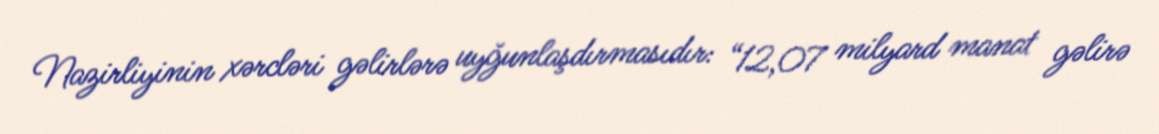
Nazirliyinin xərcləri gəlirlərə uyğunlaşdırmasıdır: “12,07 milyard manat gəlirə